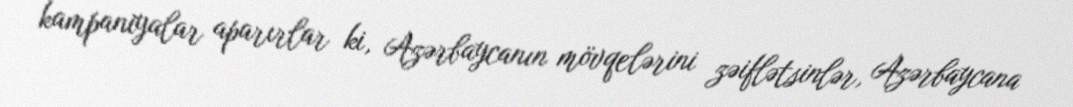
kampaniyalar aparırlar ki, Azərbaycanın mövqelərini zəiflətsinlər, Azərbaycana